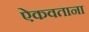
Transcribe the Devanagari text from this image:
ऐकवताना